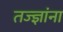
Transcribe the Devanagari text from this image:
तज्‍ज्ञांना